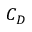
C _ { D }